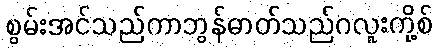
စွမ်းအင်သည်ကာဘွန်ဓာတ်သည်ဂလူးကို့စ်